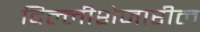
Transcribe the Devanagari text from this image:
दिल्लीशेजारील